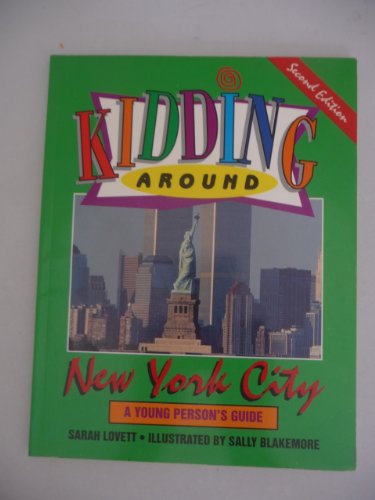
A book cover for Kidding Around New York City: A Young Person's Guide; Sarah Lovett; Teen & Young Adult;